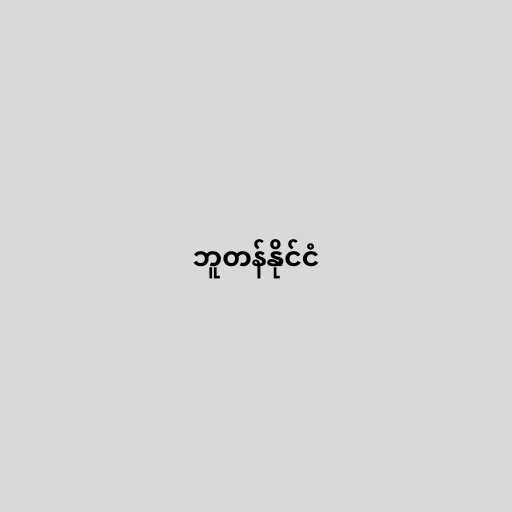
ဘူတန်နိုင်ငံ